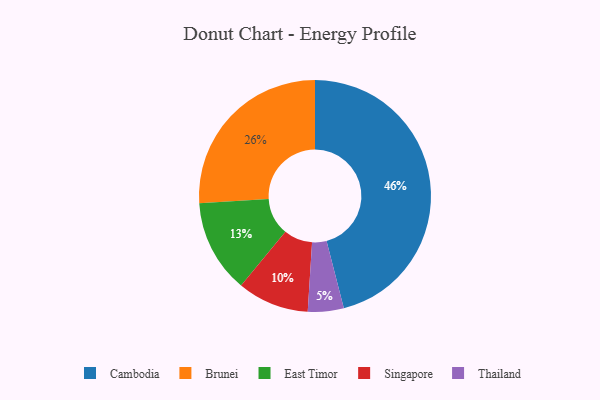
{"axis": {"x": "Category", "y": "Percentage"}, "legend": ["Brunei", "Cambodia", "East Timor", "Singapore", "Thailand"], "data": [{"x": "Singapore", "y": 10, "type": "Singapore"}, {"x": "Brunei", "y": 26, "type": "Brunei"}, {"x": "Cambodia", "y": 46, "type": "Cambodia"}, {"x": "Thailand", "y": 5, "type": "Thailand"}, {"x": "East Timor", "y": 13, "type": "East Timor"}]}